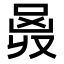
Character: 𠵶